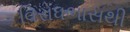
વિરોધભાસથી